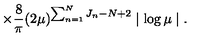
\times \frac { 8 } { \pi } ( 2 \mu ) ^ { \sum _ { n = 1 } ^ { N } J _ { n } - N + 2 } \mid \log \mu \mid .